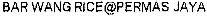
BAR WANG RICE@PERMAS JAYA